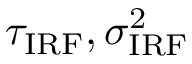
\tau _ { \mathrm { I R F } } , \sigma _ { \mathrm { I R F } } ^ { 2 }